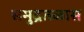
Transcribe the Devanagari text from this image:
समुद्रतळास